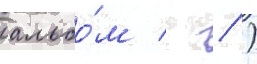
альбо́м   )